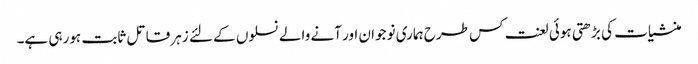
منشیات کی بڑھتی ہوئی لعنت کس طرح ہماری نوجوان اور آنے والے نسلوں کے لئے زہر قاتل ثابت ہورہی ہے۔